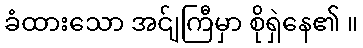
ခံထားသော အင်ျကြီမှာ စိုရှဲနေ၏ ။